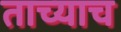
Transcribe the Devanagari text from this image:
ताच्याच